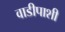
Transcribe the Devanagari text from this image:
वाडीपाशी